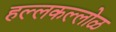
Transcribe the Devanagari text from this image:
हल्लकल्लोळ